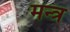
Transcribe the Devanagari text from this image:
मन्‍त्र